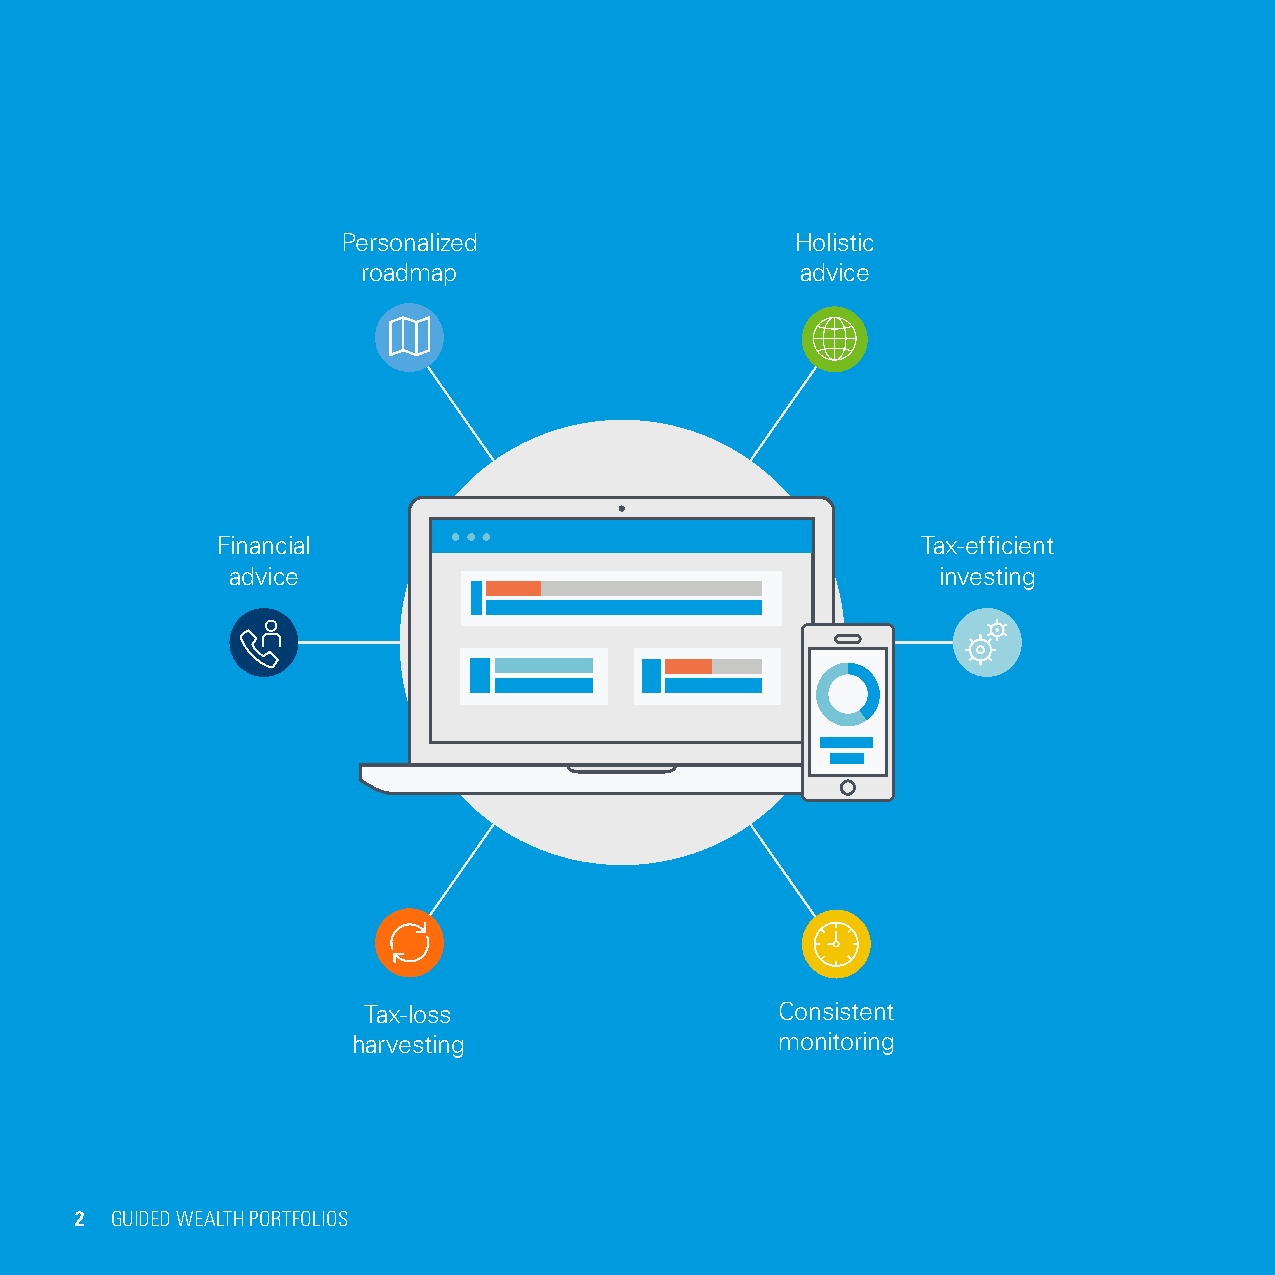
Personalized                  Holistic
 roadmap                      advice
 Financial                                      Tax-efficient
 advice                                         investing
 Tax-loss                    Consistent
 harvesting                   monitoring
 2 GUIDED WEALTH PORTFOLIOS